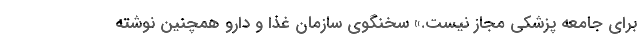
برای جامعه پزشکی مجاز نیست.» سخنگوی سازمان غذا و دارو همچنین نوشته